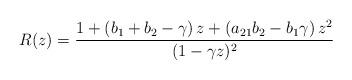
LaTeX: \begin{align*} R(z) = \frac{1 + \left( b_1 + b_2 - \gamma \right) z + \left( a_{21} b_2 - b_1 \gamma \right) z^2}{(1 - \gamma z)^2}\end{align*}